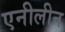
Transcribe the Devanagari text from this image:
एनीलीन